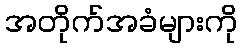
အတိုက်အခံများကို